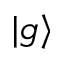
| g \rangle